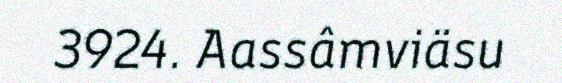
3924. Aassâmviäsu